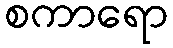
စကာရော